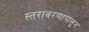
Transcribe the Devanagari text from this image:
स्तरावरणापासून